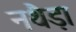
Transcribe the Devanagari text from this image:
नथैड़ा